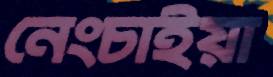
নেংচাইয়া